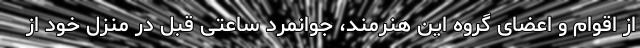
از اقوام و اعضای گروه این هنرمند، جوانمرد ساعتی قبل در منزل خود از